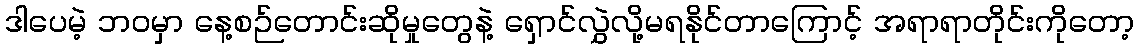
ဒါပေမဲ့ ဘဝမှာ နေ့စဉ်တောင်းဆိုမှုတွေနဲ့ ရှောင်လွှဲလို့မရနိုင်တာကြောင့် အရာရာတိုင်းကိုတော့